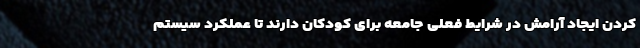
کردن ایجاد آرامش در شرایط فعلی جامعه برای کودکان دارند تا عملکرد سیستم